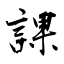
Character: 課